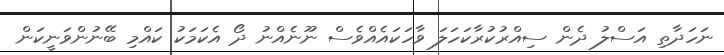
ނަހަދާތި އަސްލު ދެން ސިއްރުކުރާކަހަލަ ވާހަކައެއްވެސް ނޫނެއްނު ދޯ އެކަމަކު ކައްމި ބޭނުންވަނީކަން